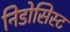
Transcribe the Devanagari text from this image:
निडोसिस्ट